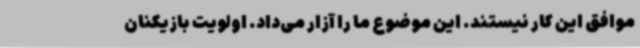
موافق این کار نیستند. این موضوع ما را آزار می‌داد. اولویت بازیکنان